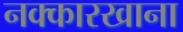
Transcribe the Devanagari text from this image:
नक्कारखाना